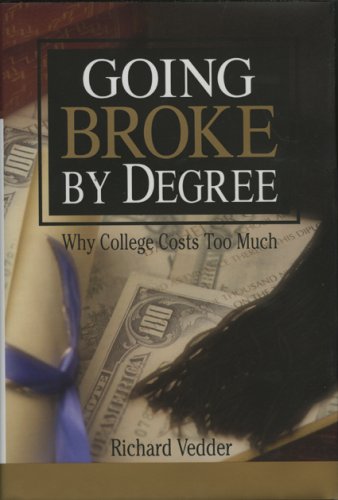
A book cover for Going Broke by Degree: Why College Costs Too Much; Richard Vedder; Business & Money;